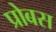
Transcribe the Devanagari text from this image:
प्रोबस